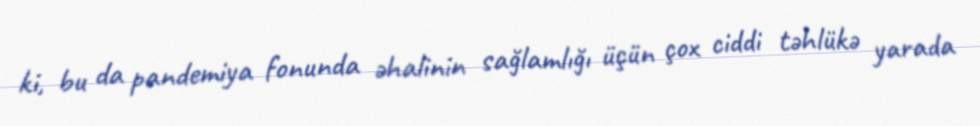
ki, bu da pandemiya fonunda əhalinin sağlamlığı üçün çox ciddi təhlükə yarada